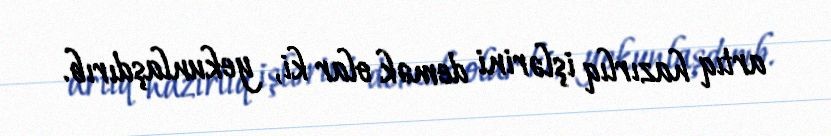
artıq hazırlıq işlərini demək olar ki, yekunlaşdırıb.